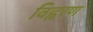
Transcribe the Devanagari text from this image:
विह्वरण